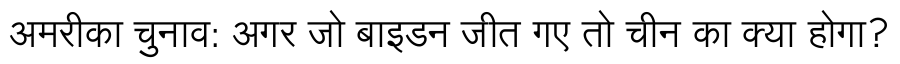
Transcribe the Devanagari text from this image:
अमरीका चुनाव: अगर जो बाइडन जीत गए तो चीन का क्या होगा?